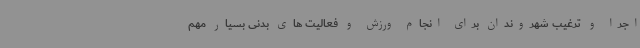
اجرا و ترغیب شهروندان برای انجام ورزش و فعالیت های بدنی بسیار مهم